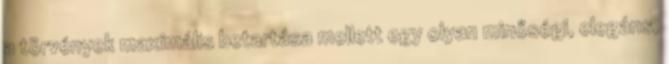
a törvények maximális betartása mellett egy olyan minőségi, elegáns,